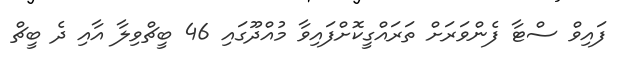
ފައިވް ސްޓާ ފެންވަރަށް ތަރައްގީކޮށްފައިވާ މުއްދޫގައި 46 ބީޗްވިލާ އާއި ދެ ބީޗް